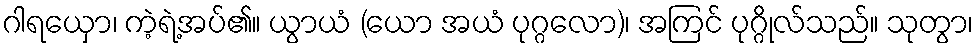
ဂါရယှော၊ ကဲ့ရဲ့အပ်၏။ ယွာယံ (ယော အယံ ပုဂ္ဂလော)၊ အကြင် ပုဂ္ဂိုလ်သည်။ သုတွာ၊